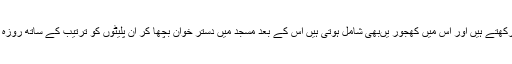
نماز عصر کے بعد ہی تیاریوںکا سلسلہ شروع ہوتا ہے اور ہم میوہ کاٹ کر پلیٹوں میں رکھتے ہیں اور اس میں کھجور یںبھی شامل ہوتی ہیں اس کے بعد مسجد میں دستر خوان بچھا کر ان پلیٹوں کو ترتیب کے ساتھ روزہ داروں کے سامنے رکھا جاتا ہے اور افطار سے قبل دعائوں کا سلسلہ شروع ہوتا ہے ‘‘۔